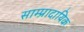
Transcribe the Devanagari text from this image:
साम्प्रादायिक